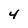
Character: 4